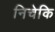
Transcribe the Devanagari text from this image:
निचेकि